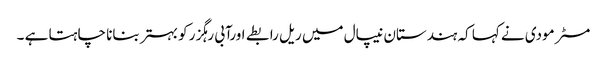
مسٹر مودی نے کہا کہ ہندستان نیپال میں ریل رابطے اورآبی رہگزر کو بہتر بنانا چاہتا ہے ۔